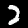
Label: 2